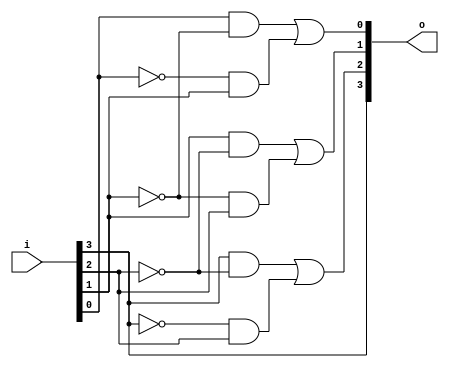
module rep11(i,o);
	input [3:0]i;
	output [3:0]o;
	assign o[3] = i[3];
	assign o[2] = i[3]&~i[2] | ~i[3]&i[2];
	assign o[1] = i[1]&~i[2] | ~i[1]&i[2];
	assign o[0] = i[0]&~i[1] | ~i[0]&i[1];
endmodule